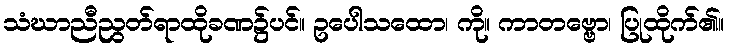
သံဃာညီညွတ်ရာထိုခဏ၌ပင်။ ဥပေါသထော၊ ကို။ ကာတဗ္ဗော၊ ပြုထိုက်၏။